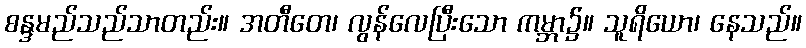
စန္ဒမည်သည်သာတည်း။ အတီတေ၊ လွန်လေပြီးသော ကမ္ဘာ၌။ သူရိယော၊ နေသည်။